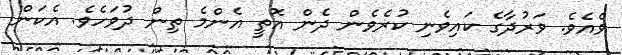
ވެއެވެ. ވަރުދާގެ ކައިވެނި ކުރެވެން ދެން އޮތީ އެންމެ ތިން ދުވަހެވެ. އެކަން